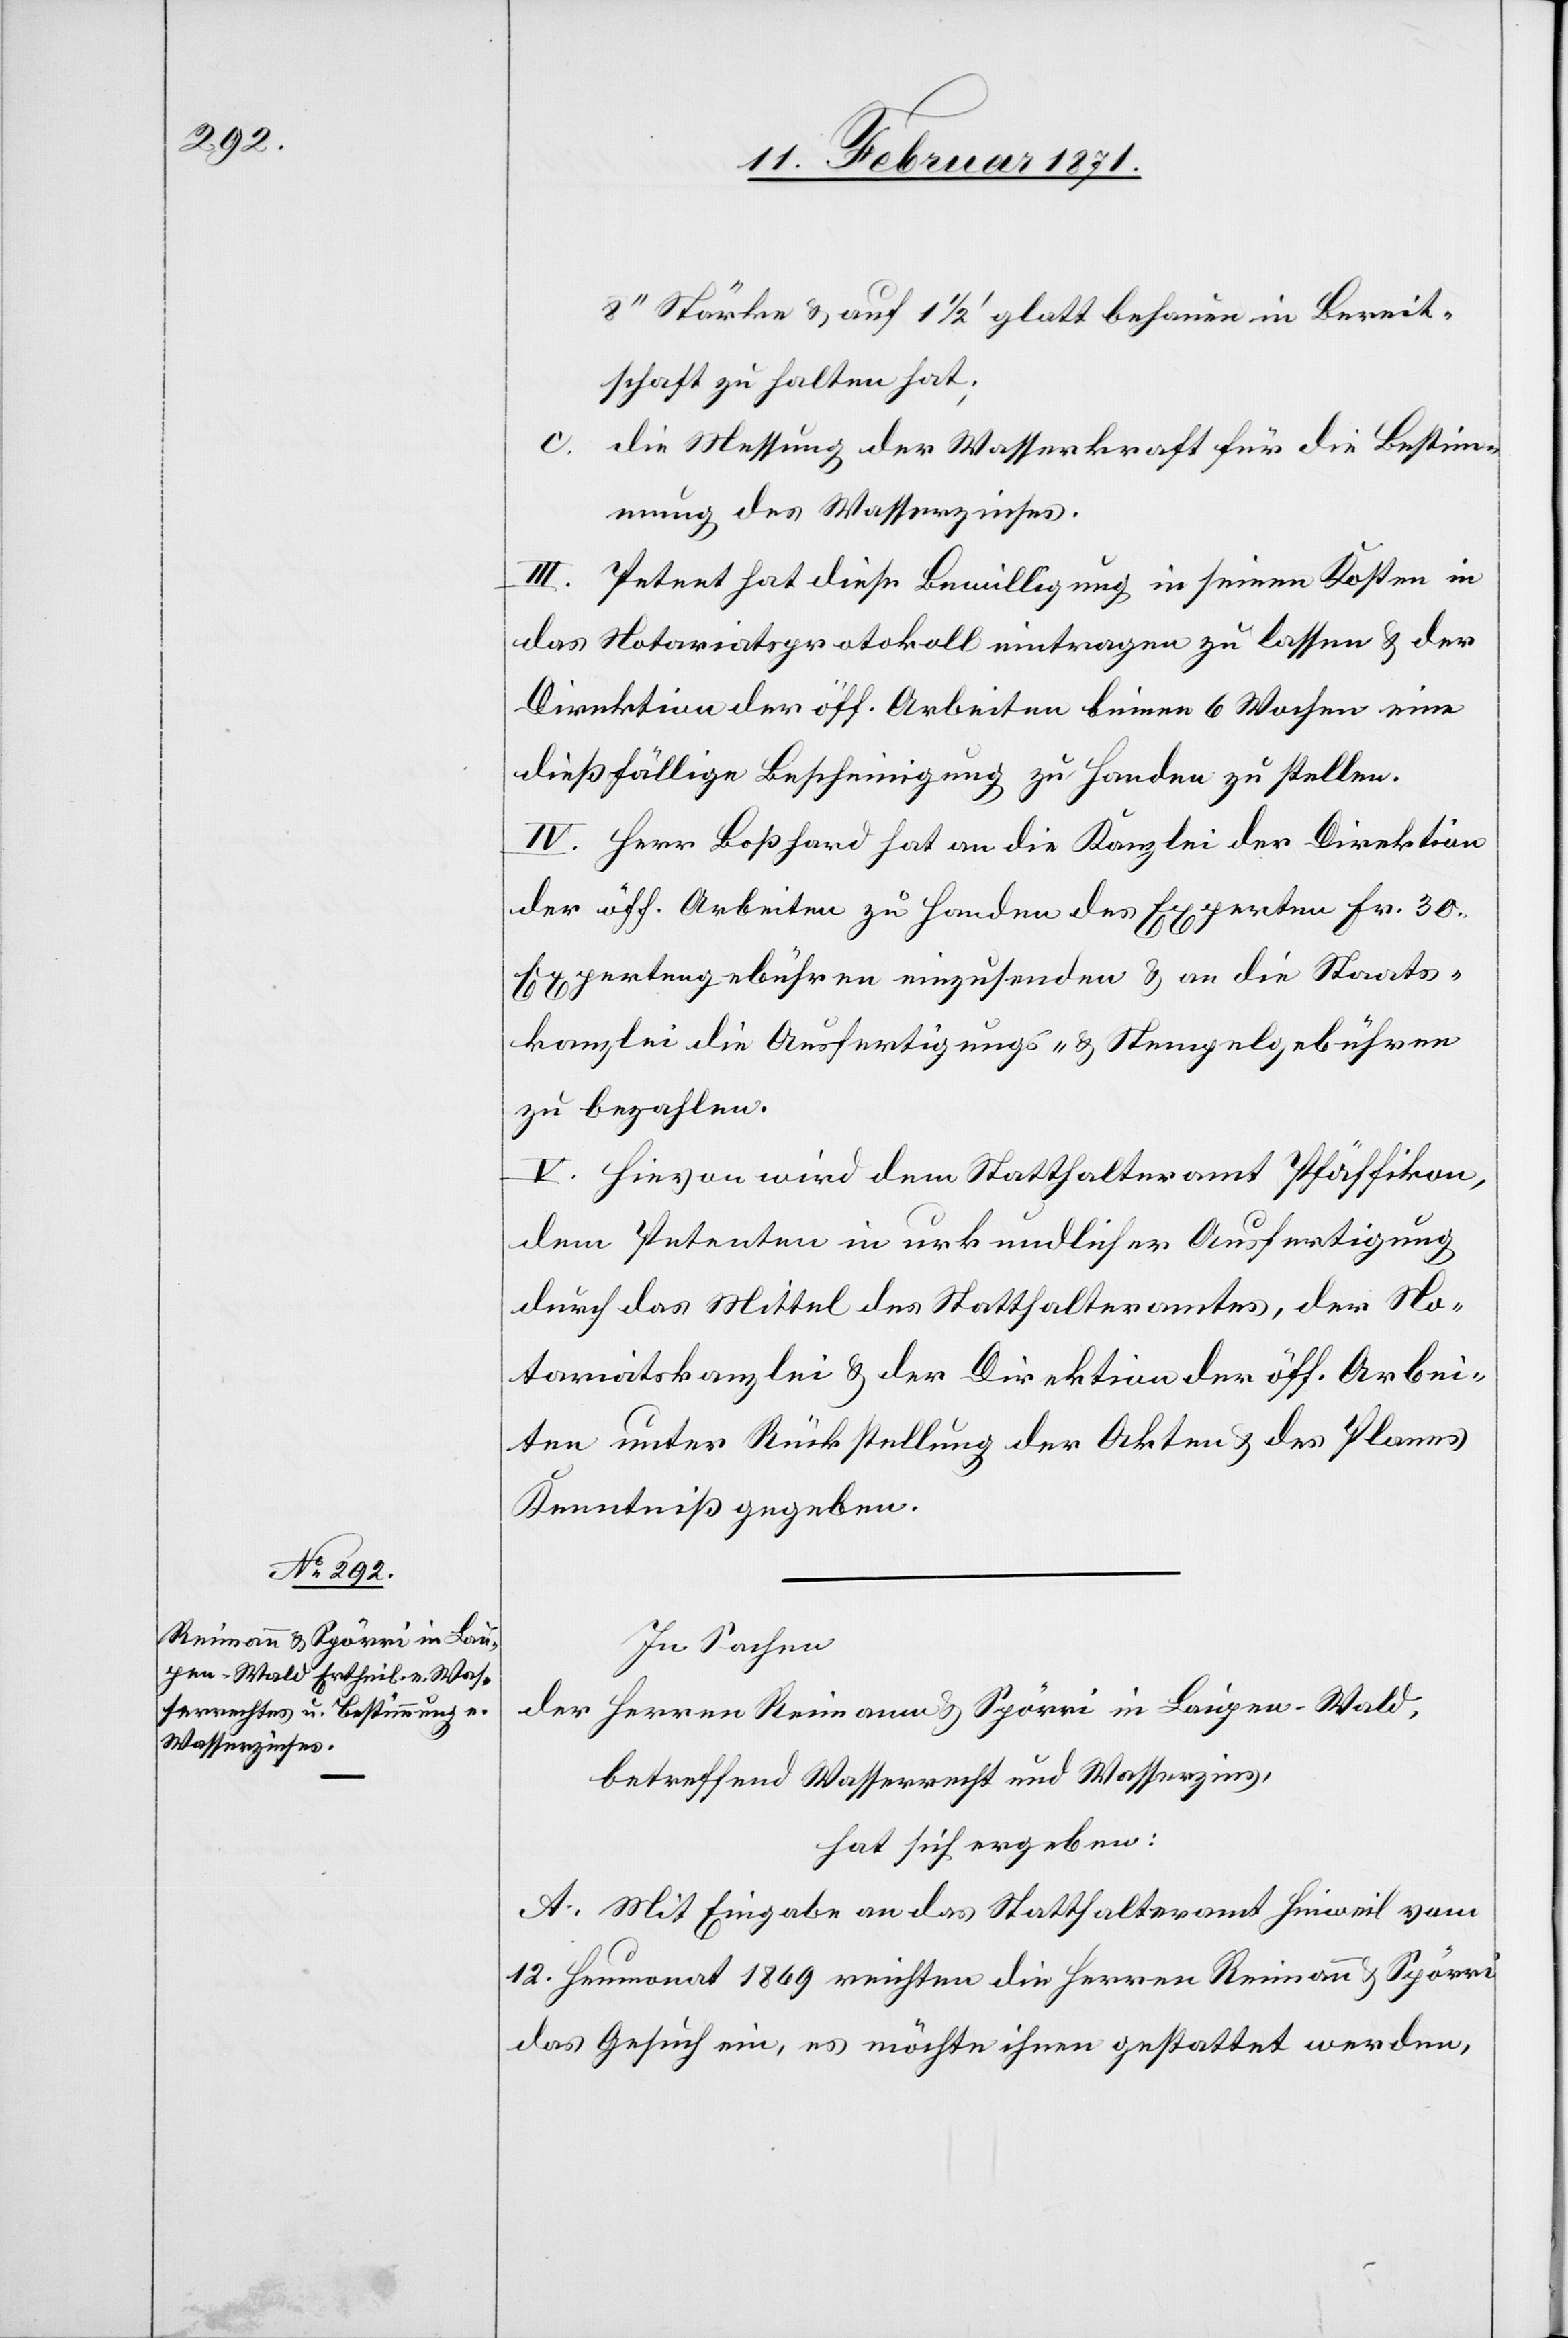
8“ Stärke u. auf 1 1/2‘ glatt behauen in Bereit¬
schaft zu halten hat.
c. die Messung der Wasserkraft für die Bestim¬
mung des Wasserzinses.
Petent hat diese Bewilligung in seinen Kosten in
das Notariatsprotokoll eintragen zu lassen u. der
Direktion der öff. Arbeiten binnen 6 Wochen eine
dießfällige Bescheinigung zu Handen zu stellen.
IV. Herr Boßhard hat an die Kanzlei der Direktion
der öff. Arbeiten zu Handen des Experten Fr. 30.
Expertengebühren einzusenden u. an die Staats¬
kanzlei die Ausfertigungs- u. Stempelgebühren
zu bezahlen.
V. Hievon wird dem Statthalteramt Pfäffikon,
dem Petenten in urkundlicher Ausfertigung
durch das Mittel des Statthalteramtes, der No¬
tariatskanzlei u. der Direktion der öff. Arbei¬
ten unter Rückstellung der Akten u. des Planes
Kenntniß gegeben.
In Sachen
der Herren Reimann u. Spörri in Laupen-Wald,
betreffend Wasserrecht und Wasserzins,
hat sich ergeben:
A. Mit Eingabe an das Statthalteramt Hinweil vom
12. Heumonat 1869 reichten die Herren Reimann u. Spörri
das Gesuch ein, es möchte ihnen gestattet werden,